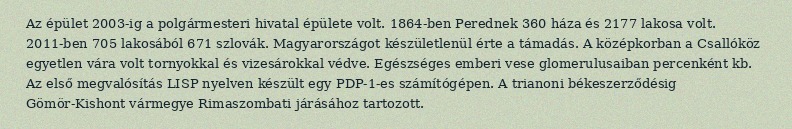
Az épület 2003-ig a polgármesteri hivatal épülete volt. 1864-ben Perednek 360 háza és 2177 lakosa volt. 2011-ben 705 lakosából 671 szlovák. Magyarországot készületlenül érte a támadás. A középkorban a Csallóköz egyetlen vára volt tornyokkal és vizesárokkal védve. Egészséges emberi vese glomerulusaiban percenként kb. Az első megvalósítás LISP nyelven készült egy PDP-1-es számítógépen. A trianoni békeszerződésig Gömör-Kishont vármegye Rimaszombati járásához tartozott.